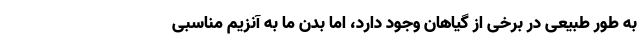
به طور طبیعی در برخی از گیاهان وجود دارد، اما بدن ما به آنزیم مناسبی